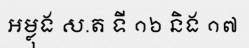
អម្លុង ស.ត ទី ១៦ និង ១៧